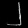
Digit: ၂